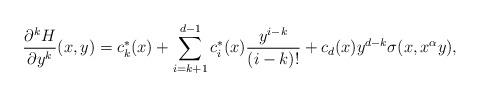
LaTeX: \begin{align*}\frac{\partial^{k}H}{\partial y^{k}}(x,y)= c^*_{k}(x)+\sum_{i=k+1}^{d-1}c^*_i(x) \frac{ y^{i-k}}{(i-k)!}+c_d(x) y^{d-k}\sigma(x,x^{\alpha } y),\end{align*}